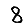
Digit: 8